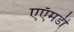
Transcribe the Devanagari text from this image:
एऍमडी